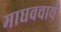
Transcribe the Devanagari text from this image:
माधवचार्य